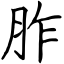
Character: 胙